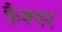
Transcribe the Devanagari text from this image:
फैक्चर